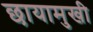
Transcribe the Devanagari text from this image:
छायामुखी